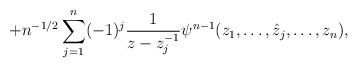
LaTeX: \begin{align*}+n^{-1/2}\sum^n_{j=1}(-1)^j\frac1{z-z^{-1}_j}\psi^{n-1}(z_1,\ldots,\hat{z}_j,\ldots,z_n),\end{align*}